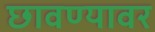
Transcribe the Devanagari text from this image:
छावण्यावर